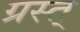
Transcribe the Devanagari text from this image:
ग्रस्त्